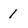
Character: 1